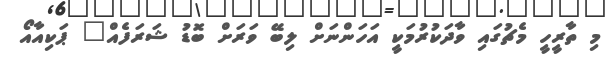
މި ތާރީހީ މެޗުގައި ވާދަކުރުމަކީ އަހަންނަށް ލިބޭ ވަރަށް ބޮޑު ޝަރަފެއް" ޕަކިއާއޯ